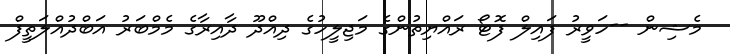
މެޝިން --ހަވީރު ފައިލް ފޮޓޯ ރައްޔިތުންގެ މަޖިލީހުގެ ދިއްދޫ ދާއިރާގެ މެމްބަރު އަބްދުއްލަތީފް